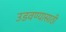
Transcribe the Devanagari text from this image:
उडवण्यासाठी